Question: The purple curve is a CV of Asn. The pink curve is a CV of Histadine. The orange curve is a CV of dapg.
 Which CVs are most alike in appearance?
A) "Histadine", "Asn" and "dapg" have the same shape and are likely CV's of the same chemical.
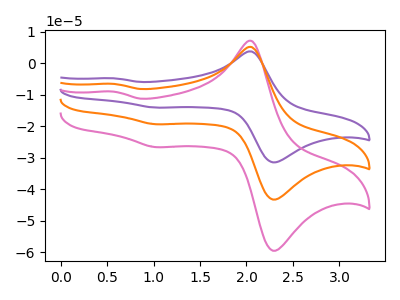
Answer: <think>The purple curve "Asn" has anodic peaks at (2.05V, 10.30uA) (0.60V, -13.10uA) and cathodic peaks at (2.35V, -85.95uA) (1.05V, -38.75uA). The pink curve "Histadine" has anodic peaks at (2.05V, 7.10uA) (0.60V, -9.00uA) and cathodic peaks at (2.35V, -59.10uA) (1.05V, -26.65uA). The orange curve "dapg" has anodic peaks at (2.05V, 5.15uA) (0.60V, -6.55uA) and cathodic peaks at (2.35V, -42.95uA) (1.05V, -19.35uA).
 All the peaks in "Asn" have a peak in "Histadine" at the same potential. All the peaks in "Asn" have a peak in "dapg" at the same potential. All the peaks in "Histadine" have a peak in "dapg" at the same potential.</think>
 <answer>A) "Histadine", "Asn" and "dapg" have the same shape and are likely CV's of the same chemical.</answer>
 <eval>A</eval>